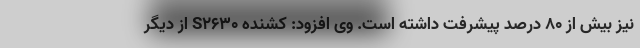
نیز بیش از ۸۰ درصد پیشرفت داشته است. وی افزود: کشنده S۲۶۳۰ از دیگر